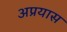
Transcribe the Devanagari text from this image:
अप्रयास